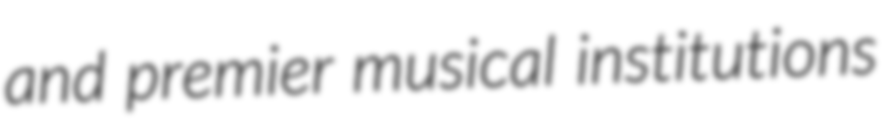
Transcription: and premier musical institutions